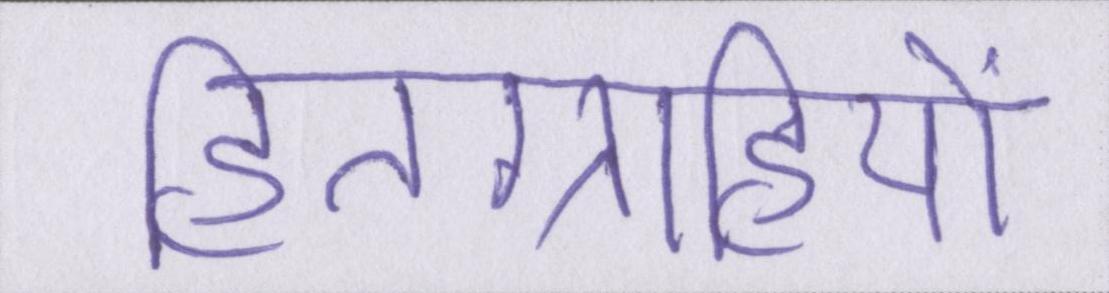
हितग्राहियों